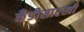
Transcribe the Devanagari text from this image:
कँडीसारखी